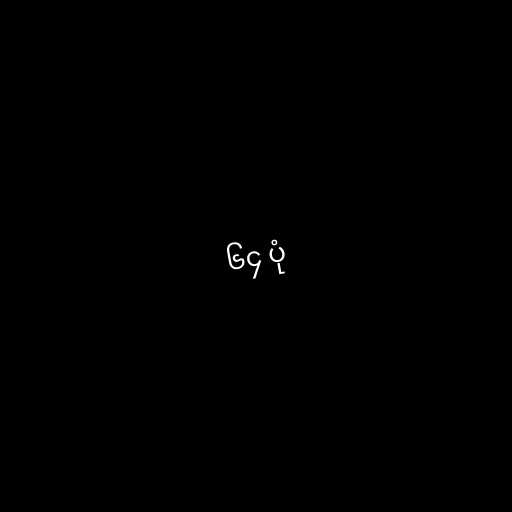
၆၄ ပုံ